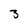
Character: 3